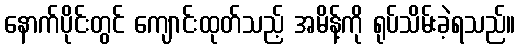
နောက်ပိုင်းတွင် ကျောင်းထုတ်သည့် အမိန့်ကို ရုပ်သိမ်းခဲ့ရသည်။